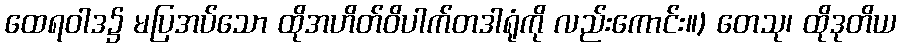
ထေရဝါဒ၌ မပြအပ်သော ထိုအဟိတ်ဝိပါက်တဒါရုံကို လည်းကောင်း။) တေသု၊ ထိုဒုတိယ